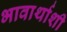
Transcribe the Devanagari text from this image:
भावार्थाशी